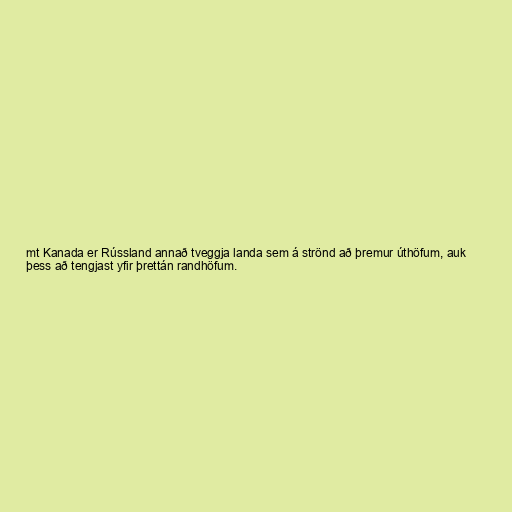
mt Kanada er Rússland annað tveggja landa sem á strönd að þremur úthöfum, auk
þess að tengjast yfir þrettán randhöfum.